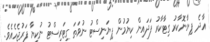
އާދެ ޕިޔާނޮކާރު ގިޓާކާރު ފަދައިން ކިޔުމުން ޕިޔަނިސްޓު ނުވަތަ ގިޓަރިސްޓު ނުކިޔާ ފަރުޖެހެއެވެ.